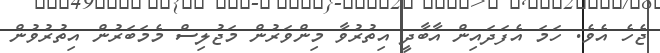
ޖެހެ އެވެ. ހަމަ އެފަދައިން އާބާދީ އިތުރުވާ މިންވަރުން މަޖުލިސް މެމަބަރުން އިތުރުވުން